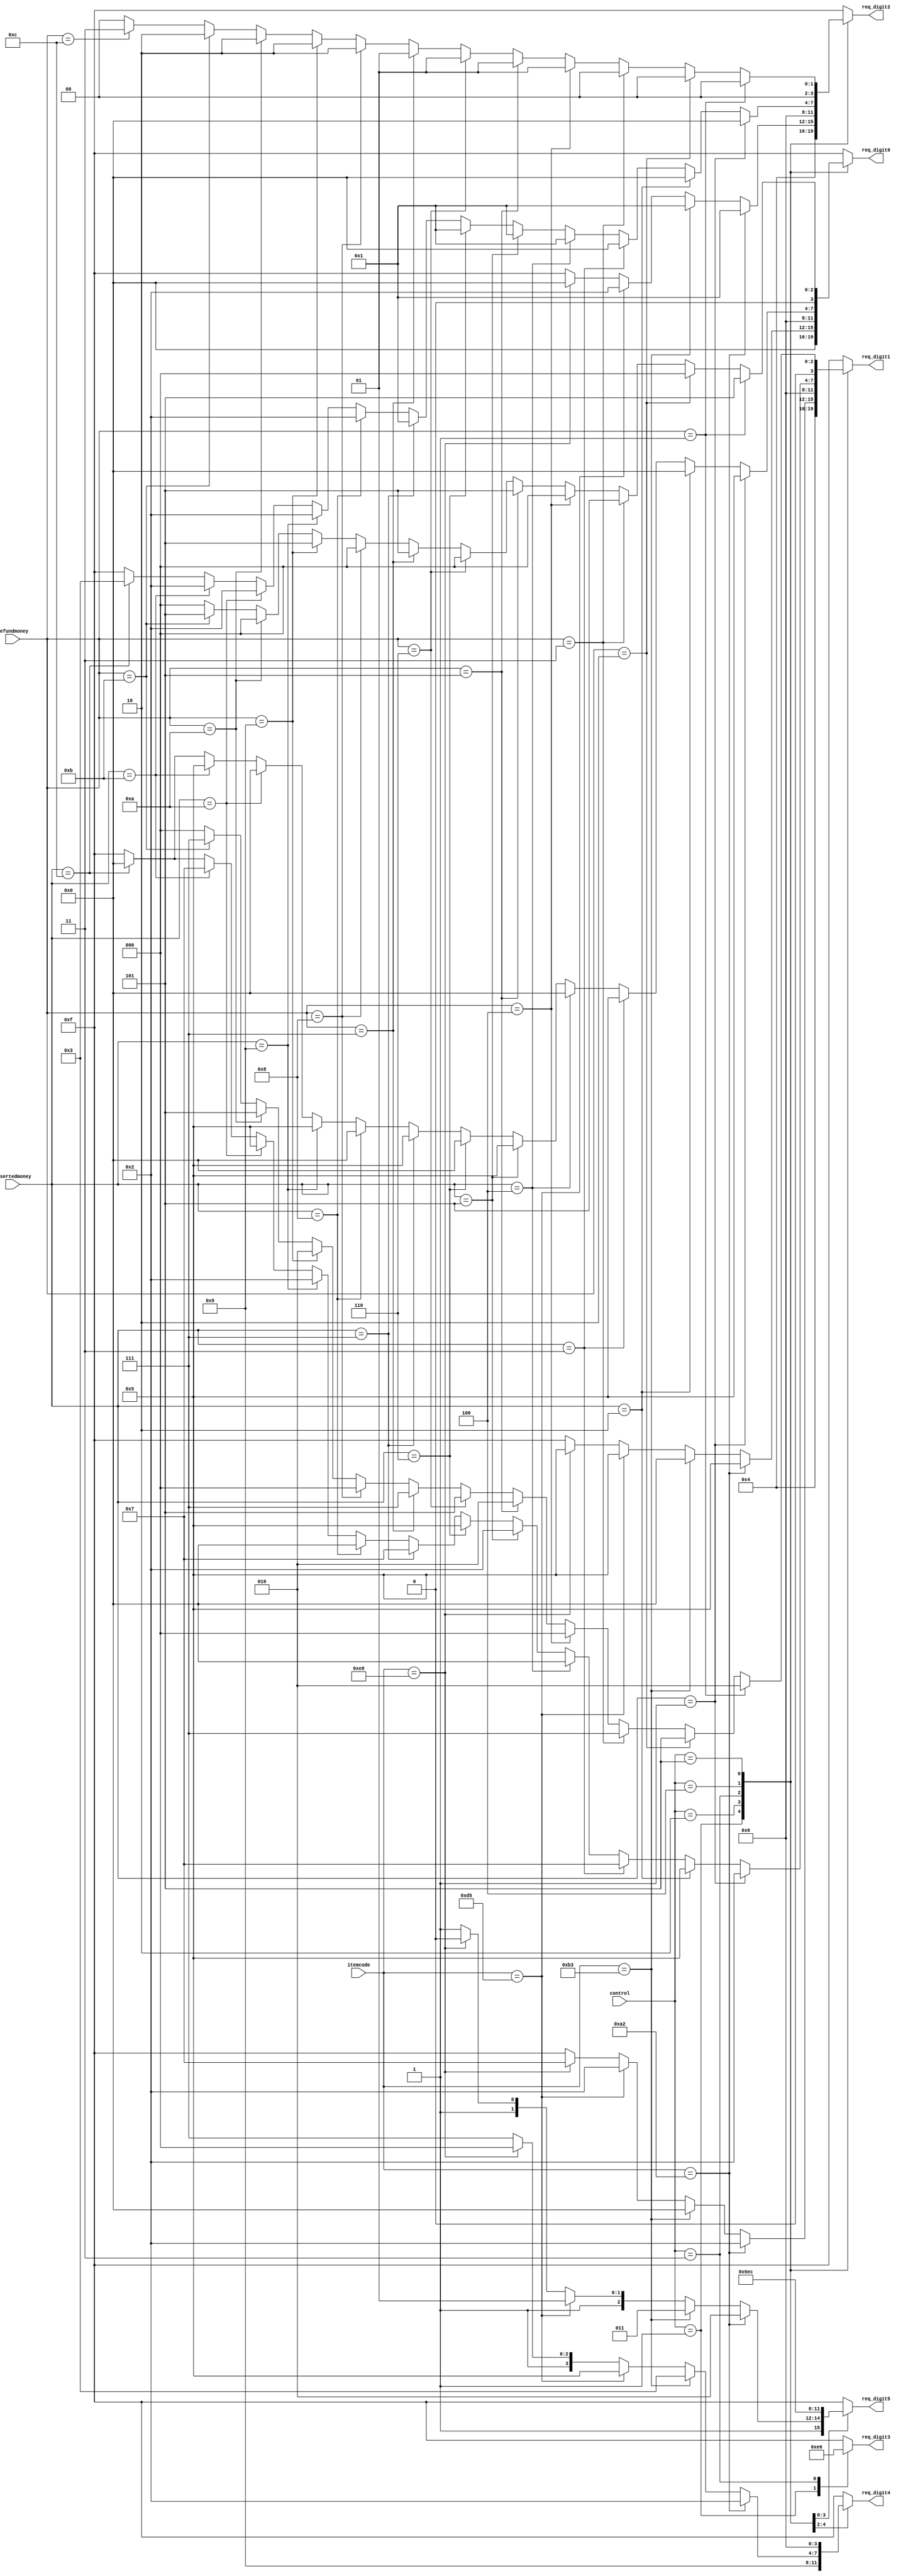
module Display
(
	input [2:0] control,
	input [7:0] itemcode,
	input [3:0] insertedmoney,
	input [3:0] refundmoney,
	output reg [3:0] req_digit0,
	output reg [3:0] req_digit1,
	output reg [3:0] req_digit2,
	output reg [3:0] req_digit3,
	output reg [3:0] req_digit4,
	output reg [3:0] req_digit5
);


localparam [2:0] idle=3'b001,
					  display_price=3'b010,
					  display_oos=3'b011,
					  insert_money=3'b100,
					  refund=3'b101 ;
					  

always@*
begin
			 req_digit0 <= 4'hF;
			 req_digit1 <= 4'hF;
			 req_digit2 <= 4'hF;
			 req_digit3 <= 4'hF;
			 req_digit4 <= 4'hF;
			 req_digit5 <= 4'hF;
	case(control)
	idle:
	begin
					req_digit4 <= 4'h9;
					req_digit3 <= 4'hE;
					req_digit2 <= 4'h4;
					req_digit1 <= 4'h4;
					req_digit0 <= 4'h0;	
	end				
	display_price:
	begin				
					if(itemcode==8'hA2)
						begin
							req_digit5 <=4'hA;
							req_digit4 <=4'h2;
							req_digit2 <=4'h1;
							req_digit1 <=4'h2;
							req_digit0 <=4'h5;
						end
					else if(itemcode==8'hB3)
						begin
							req_digit5 <=4'hB;
							req_digit4 <=4'h3;
							req_digit2 <=4'h1;
							req_digit1 <=4'h0;
							req_digit0 <=4'h0;
						end
					else if(itemcode==8'hD5)
						begin
							req_digit5 <=4'hD;
							req_digit4 <=4'h5;
							req_digit2 <=4'h2;
							req_digit1 <=4'h2;
							req_digit0 <=4'h5;
						end
					else if(itemcode==8'hE8)
						begin
							req_digit5 <=4'hE;
							req_digit4 <=4'h8;
							req_digit2 <=4'h0;
							req_digit1 <=4'h7;
							req_digit0 <=4'h5;
						end
	end					
	display_oos:
	begin			
					req_digit0 <= 4'h6;
					req_digit1 <= 4'h6;
					req_digit2 <= 4'h6;
					req_digit3 <= 4'h6;
					req_digit4 <= 4'h6;
					req_digit5 <= 4'h6;
	end				
	insert_money:
	begin
					req_digit5 <= 4'hE;
					
					if(insertedmoney == 4'h1)
					begin
						req_digit2 <= 4'h0;
						req_digit1 <= 4'h2;
						req_digit0 <= 4'h5;
					end
					
					else if(insertedmoney == 4'h2)
					begin
						req_digit2 <= 4'h0;
						req_digit1 <= 4'h5;
						req_digit0 <= 4'h0;
					end
					
					else if(insertedmoney == 4'h3)
					begin
						req_digit2 <= 4'h0;
						req_digit1 <= 4'h7;
						req_digit0 <= 4'h5;
					end
					
					else if(insertedmoney == 4'h4)
					begin
						req_digit2 <= 4'h1;
						req_digit1 <= 4'h0;
						req_digit0 <= 4'h0;
					end
					
					else if(insertedmoney == 4'h5)
					begin
						req_digit2 <= 4'h1;
						req_digit1 <= 4'h2;
						req_digit0 <= 4'h5;
					end
					
					else if(insertedmoney == 4'h6)
					begin
						req_digit2 <= 4'h1;
						req_digit1 <= 4'h5;
						req_digit0 <= 4'h0;
					end
					
					else if(insertedmoney == 4'h7)
					begin
						req_digit2 <= 4'h1;
						req_digit1 <= 4'h7;
						req_digit0 <= 4'h5;
					end
					
					else if(insertedmoney == 4'h8)
					begin
						req_digit2 <= 4'h2;
						req_digit1 <= 4'h0;
						req_digit0 <= 4'h0;
					end
					
					else if(insertedmoney == 4'h9)
					begin
						req_digit2 <= 4'h2;
						req_digit1 <= 4'h2;
						req_digit0 <= 4'h5;
					end
					
					else if(insertedmoney == 4'hA)
					begin
						req_digit2 <= 4'h2;
						req_digit1 <= 4'h5;
						req_digit0 <= 4'h0;
					end
					
					else if(insertedmoney == 4'hB)
					begin
						req_digit2 <= 4'h2;
						req_digit1 <= 4'h7;
						req_digit0 <= 4'h5;
					end
					
					else if(insertedmoney == 4'hC)
					begin
						req_digit2 <= 4'h3;
						req_digit1 <= 4'h0;
						req_digit0 <= 4'h0;
					end
	end				
	refund:
	begin
					req_digit5 <= 4'hC;
					req_digit2 <= 4'h0;
					req_digit1 <= 4'h0;
					req_digit0 <= 4'h0;
					
					if(refundmoney == 4'h1)
					begin
						req_digit2 <= 4'h0;
						req_digit1 <= 4'h2;
						req_digit0 <= 4'h5;
					end
					
					else if(refundmoney == 4'h2)
					begin
						req_digit2 <= 4'h0;
						req_digit1 <= 4'h5;
						req_digit0 <= 4'h0;
					end
					
					else if(refundmoney == 4'h3)
					begin
						req_digit2 <= 4'h0;
						req_digit1 <= 4'h7;
						req_digit0 <= 4'h5;
					end
					
					else if(refundmoney == 4'h4)
					begin
						req_digit2 <= 4'h1;
						req_digit1 <= 4'h0;
						req_digit0 <= 4'h0;
					end
					
					else if(refundmoney == 4'h5)
					begin
						req_digit2 <= 4'h1;
						req_digit1 <= 4'h2;
						req_digit0 <= 4'h5;
					end
					
					else if(refundmoney == 4'h6)
					begin
						req_digit2 <= 4'h1;
						req_digit1 <= 4'h5;
						req_digit0 <= 4'h0;
					end
					
					else if(refundmoney == 4'h7)
					begin
						req_digit2 <= 4'h1;
						req_digit1 <= 4'h7;
						req_digit0 <= 4'h5;
					end
					
					else if(refundmoney == 4'h8)
					begin
						req_digit2 <= 4'h2;
						req_digit1 <= 4'h0;
						req_digit0 <= 4'h0;
					end
					
					else if(refundmoney == 4'h9)
					begin
						req_digit2 <= 4'h2;
						req_digit1 <= 4'h2;
						req_digit0 <= 4'h5;
					end
					
					else if(refundmoney == 4'hA)
					begin
						req_digit2 <= 4'h2;
						req_digit1 <= 4'h5;
						req_digit0 <= 4'h0;
					end
					
					else if(refundmoney == 4'hB)
					begin
						req_digit2 <= 4'h2;
						req_digit1 <= 4'h7;
						req_digit0 <= 4'h5;
					end
					
					else if(refundmoney == 4'hC)
					begin
						req_digit2 <= 4'h3;
						req_digit1 <= 4'h0;
						req_digit0 <= 4'h0;
					end
	end
	endcase
end

endmodule